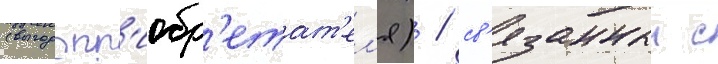
(выгодопр'иобр'етат'ел'я) / св'язанныи с